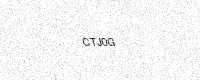
Text: CTJ0G